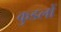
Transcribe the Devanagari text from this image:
कुडलों